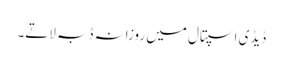
ڈیڈی اسپتال میں روزانہ ڈبہ لاتے۔